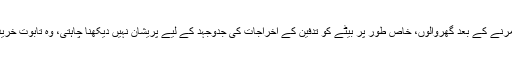
انہوں نے مزید کہا کہ وہ اپنے مرنے کے بعد گھروالوں، خاص طور پر بیٹے کو تدفین کے اخراجات کی جدوجہد کے لیے پریشان نہیں دیکھنا چاہتی، وہ تابوت خرید کر ذہنی سکون بھی چاہتی ہیں۔